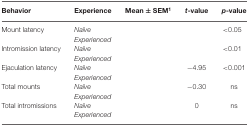
<table><thead><tr><td><b>Behavior</b></td><td><b>Experience</b></td><td><b>Mean ± SEM<sup>1</sup></b></td><td><b><i>t</i>-value</b></td><td><b><i>p</i>-value</b></td></tr></thead><tbody><tr><td>Mount latency</td><td><i>Naïve</i></td><td>[EMPTY_CELL]</td><td>[EMPTY_CELL]</td><td>&lt;0.05</td></tr><tr><td>[EMPTY_CELL]</td><td><i>Experienced</i></td><td>[EMPTY_CELL]</td><td>[EMPTY_CELL]</td><td>[EMPTY_CELL]</td></tr><tr><td>Intromission latency</td><td><i>Naïve</i></td><td>[EMPTY_CELL]</td><td>[EMPTY_CELL]</td><td>&lt;0.01</td></tr><tr><td>[EMPTY_CELL]</td><td><i>Experienced</i></td><td>[EMPTY_CELL]</td><td>[EMPTY_CELL]</td><td>[EMPTY_CELL]</td></tr><tr><td>Ejaculation latency</td><td><i>Naïve</i></td><td>[EMPTY_CELL]</td><td>−4.95</td><td>&lt;0.001</td></tr><tr><td>[EMPTY_CELL]</td><td><i>Experienced</i></td><td>[EMPTY_CELL]</td><td>[EMPTY_CELL]</td><td>[EMPTY_CELL]</td></tr><tr><td>Total mounts</td><td><i>Naïve</i></td><td>[EMPTY_CELL]</td><td>−0.30</td><td>ns</td></tr><tr><td>[EMPTY_CELL]</td><td><i>Experienced</i></td><td>[EMPTY_CELL]</td><td>[EMPTY_CELL]</td><td>[EMPTY_CELL]</td></tr><tr><td>Total intromissions</td><td><i>Naïve</i></td><td>[EMPTY_CELL]</td><td>0</td><td>ns</td></tr><tr><td>[EMPTY_CELL]</td><td><i>Experienced</i></td><td>[EMPTY_CELL]</td><td>[EMPTY_CELL]</td><td>[EMPTY_CELL]</td></tr></tbody></table>